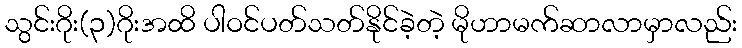
သွင်းဂိုး(၃)ဂိုးအထိ ပါဝင်ပတ်သတ်နိုင်ခဲ့တဲ့ မိုဟာမက်ဆာလာမှာလည်း